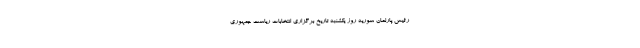
رئیس پارلمان سوریه روز یکشنبه تاریخ برگزاری انتخابات ریاست جمهوری